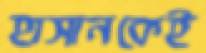
হাসানকেই